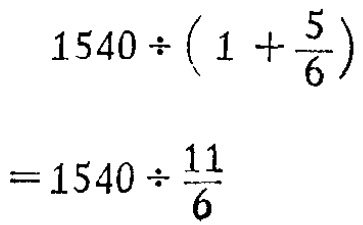
\[

\begin{align*}

&1540\div\left(1 + \frac{5}{6}\right)\\

=&1540\div\frac{11}{6}

\end{align*}

\]